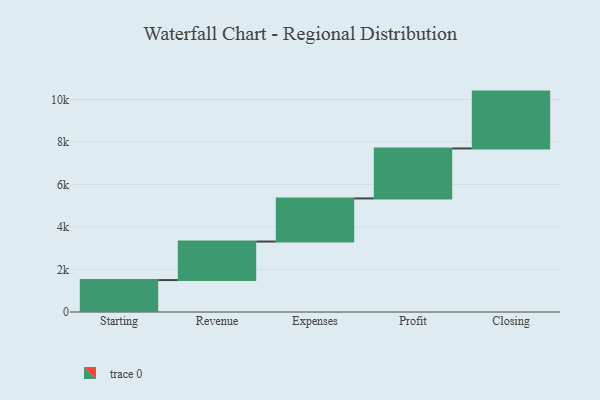
{"axis": {"x": "Step", "y": "Value"}, "legend": [""], "data": [{"x": "Starting", "y": 1503.0, "type": ""}, {"x": "Revenue", "y": 1813.0, "type": ""}, {"x": "Expenses", "y": 2030.0, "type": ""}, {"x": "Profit", "y": 2352.0, "type": ""}, {"x": "Closing", "y": 2676.0, "type": ""}]}